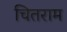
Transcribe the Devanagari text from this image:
चितराम